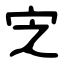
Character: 㝎